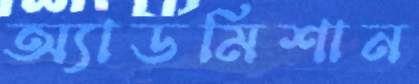
অ্যাডমিশান